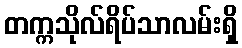
တက္ကသိုလ်ရိပ်သာလမ်းရှိ